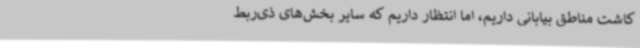
کاشت مناطق بیابانی داریم، اما انتظار داریم که سایر بخش‌های ذی‌ربط